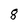
Character: 8